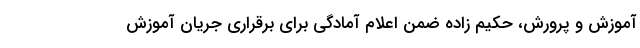
آموزش و پرورش، حکیم زاده ضمن اعلام آمادگی برای برقراری جریان آموزش